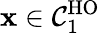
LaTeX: \mathbf{x}\in\mathcal{{C}}_{1}^{\mathrm{{HO}}}